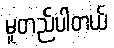
မူတည်ပါတယ်